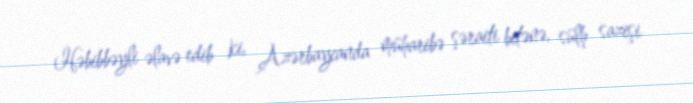
Həbibbəyli əlavə edib ki, Azərbaycanda müharibə şəraiti bitənə, sülh sazişi